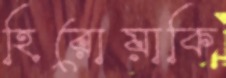
হিরোয়াকি